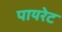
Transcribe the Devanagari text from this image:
पायरेट